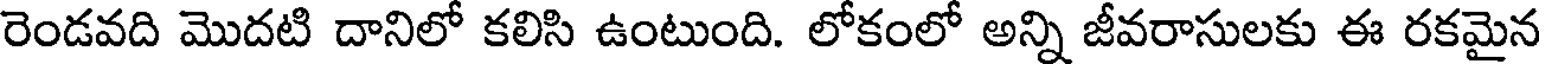
రెండవది మొదటి దానిలో కలిసి ఉంటుంది. లోకంలో అన్ని జీవరాసులకు ఈ రకమైన